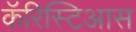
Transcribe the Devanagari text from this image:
कॅरिस्टिआस